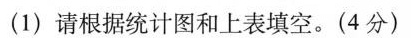
(1) 请根据统计图和上表填空。(4分)